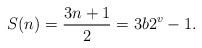
LaTeX: \begin{align*}S(n) = \frac{3n+1}{2} = 3 b 2^v -1. \end{align*}